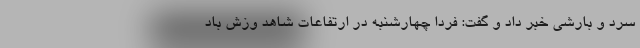
سرد و بارشی خبر داد و گفت: فردا چهارشنبه در ارتفاعات شاهد وزش باد